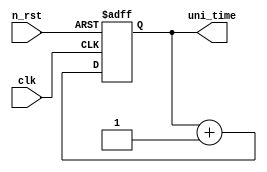
/************** UNIVERSAL TIMER **************/
module universal_timer (
	input clk,
	input n_rst,
	output reg [9:0] uni_time
);

always@(posedge clk or negedge n_rst)
begin
	if(n_rst == 0)
		begin
			uni_time = 0;
		end
	else 
		begin
			uni_time = uni_time + 1;
		end
end

endmodule